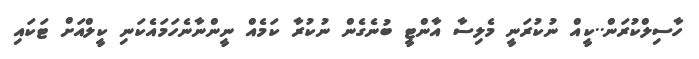
ހާސިލްކުރަން..ކީއް ނުކުރަނީ މެލިސާ އާންޓީ ބުނެގެން ނުކުރާ ކަމެއް ނީންނާނެހަމައެކަނި ކީލްއަށް ޓަކައި